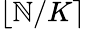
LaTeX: \lfloor\mathbb{N}/K\rceil